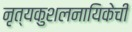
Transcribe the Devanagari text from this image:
नृत्यकुशलनायिकेची